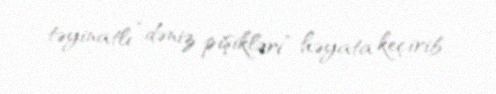
təyinatlı “dəniz pişikləri” həyata keçirib.